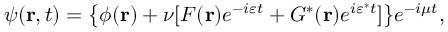
\psi ( \mathbf { r } , t ) = \big \{ \phi ( \mathbf { r } ) + \nu \lbrack F ( \mathbf { r } ) e ^ { - i \varepsilon t } + G ^ { \ast } ( \mathbf { r } ) e ^ { i \varepsilon ^ { \ast } t } ] \big \} e ^ { - i \mu t } ,